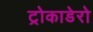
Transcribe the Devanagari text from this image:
ट्रोकाडेरो